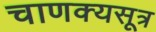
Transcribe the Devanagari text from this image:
चाणक्यसूत्र